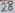
Text: 27